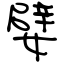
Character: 嬖